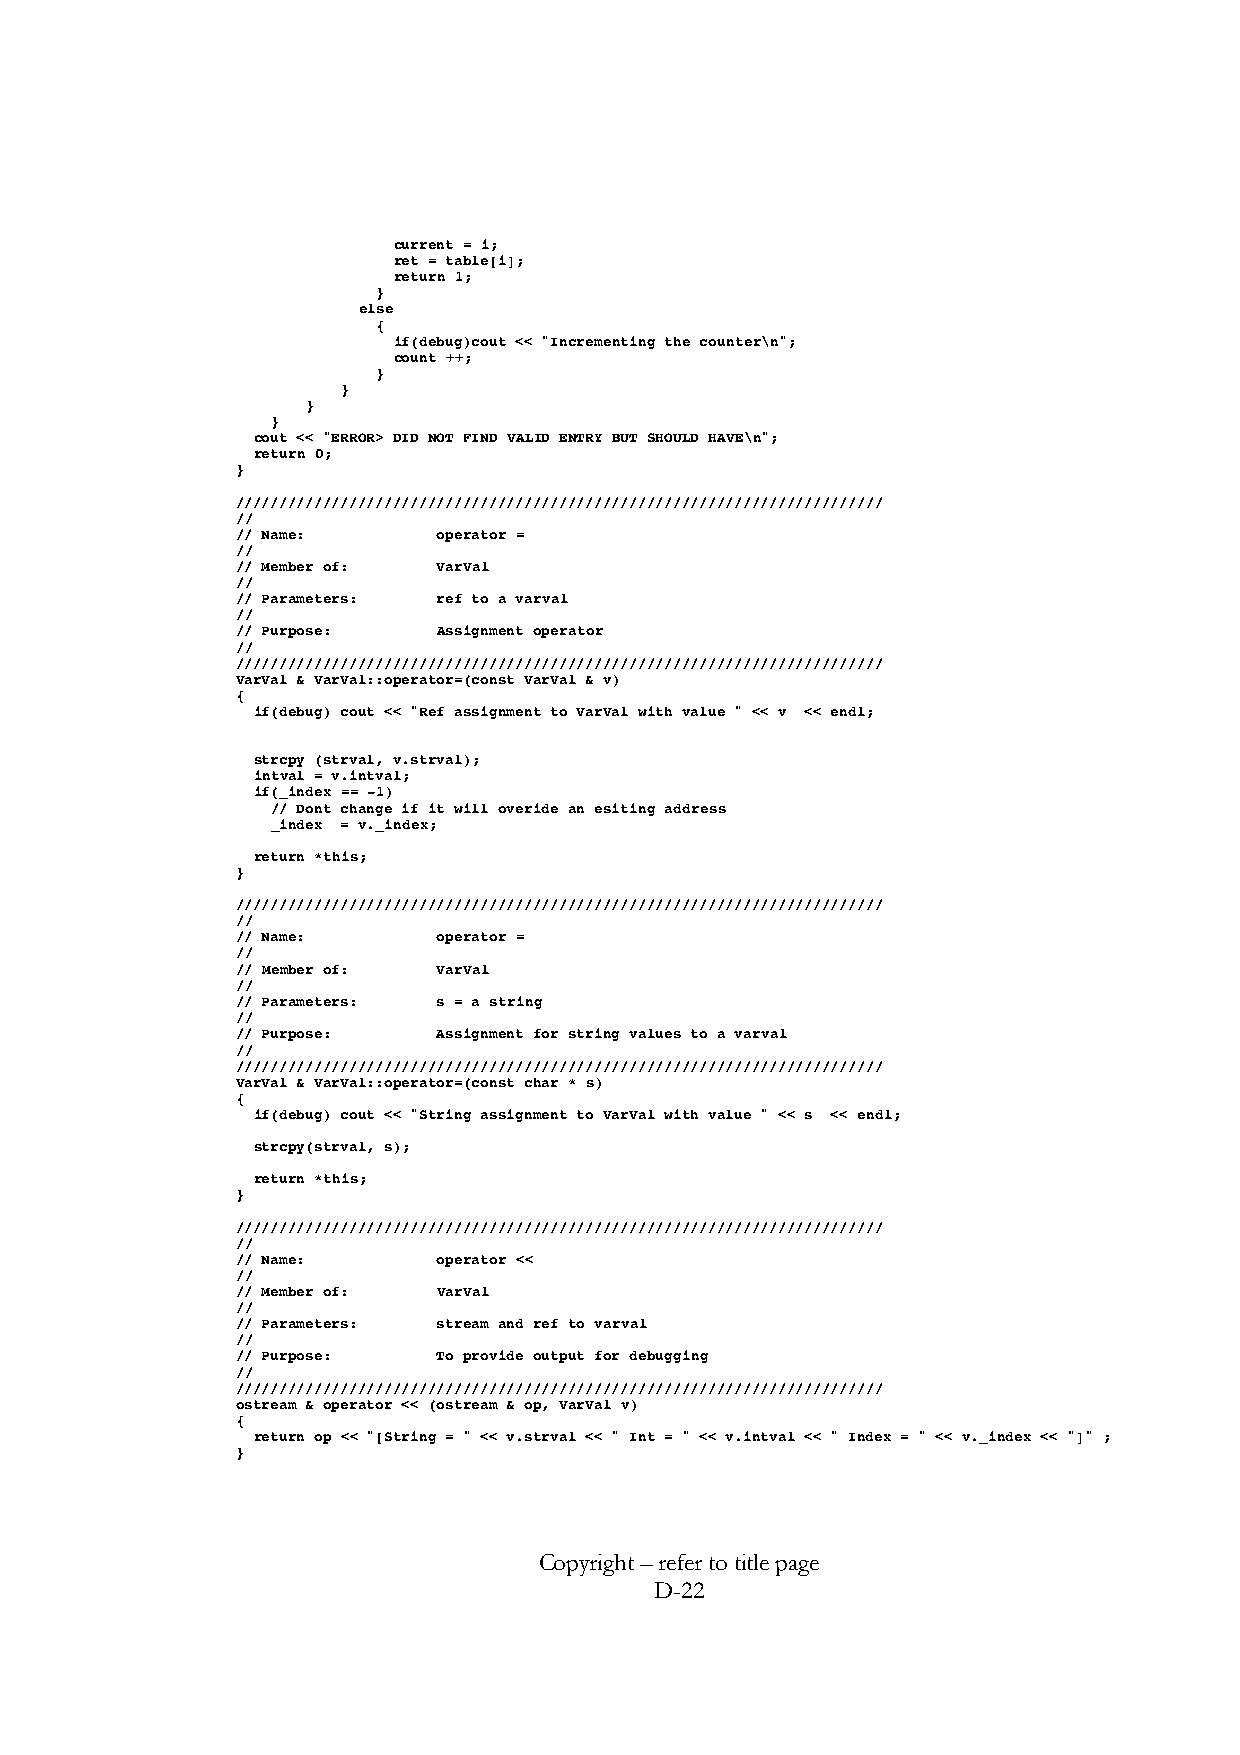
current = i;
 ret = table[i];
 return 1;
 }
 else
 {
 if(debug)cout << "Incrementing the counter\n";
 count ++;
 }
 }
 }
 }
 cout << "ERROR> DID NOT FIND VALID ENTRY BUT SHOULD HAVE\n";
 return 0;
 }
 //////////////////////////////////////////////////////////////////////////
 //
 // Name:     operator =
 //
 // Member of: VarVal
 //
 // Parameters: ref to a varval
 //
 // Purpose:  Assignment operator
 //
 //////////////////////////////////////////////////////////////////////////
 VarVal & VarVal::operator=(const VarVal & v)
 {
 if(debug) cout << "Ref assignment to VarVal with value " << v << endl;
 strcpy (strval, v.strval);
 intval = v.intval;
 if(_index == -1)
 // Dont change if it will overide an esiting address
 _index = v._index;
 return *this;
 }
 //////////////////////////////////////////////////////////////////////////
 //
 // Name:     operator =
 //
 // Member of: VarVal
 //
 // Parameters: s = a string
 //
 // Purpose:  Assignment for string values to a varval
 //
 //////////////////////////////////////////////////////////////////////////
 VarVal & VarVal::operator=(const char * s)
 {
 if(debug) cout << "String assignment to VarVal with value " << s << endl;
 strcpy(strval, s);
 return *this;
 }
 //////////////////////////////////////////////////////////////////////////
 //
 // Name:     operator <<
 //
 // Member of: VarVal
 //
 // Parameters: stream and ref to varval
 //
 // Purpose:  To provide output for debugging
 //
 //////////////////////////////////////////////////////////////////////////
 ostream & operator << (ostream & op, VarVal v)
 {
 return op << "[String = " << v.strval << " Int = " << v.intval << " Index = " << v._index << "]" ;
 }
 Copyright – refer to title page
 D-22